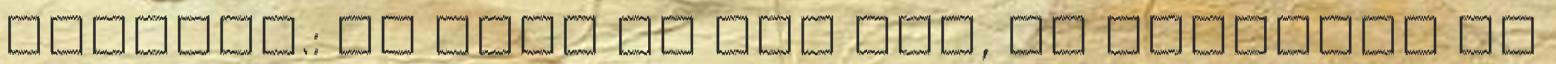
fotózni.: NA most jó idő van, és felgyűlt jó